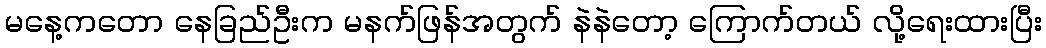
မနေ့ကတော နေခြည်ဦးက မနက်ဖြန်အတွက် နဲနဲတော့ ကြောက်တယ် လို့ရေးထားပြီး